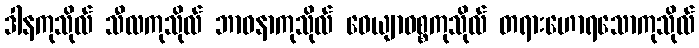
ဒါနကုသိုလ် သီလကုသိုလ် ဘာဝနာကုသိုလ် ဝေယျာဝစ္စကုသိုလ် တရားဟောရသောကုသိုလ်